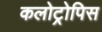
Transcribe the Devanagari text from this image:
कलोट्रोपिस